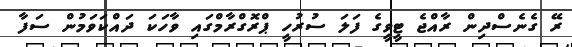
ރޭ ގެނެސްދިން ރާއްޖެ ޓީވީގެ ފަލަ ސުރުހީ ޕްރޮގްރާމްގައި ވާހަކަ ދައްކަވަމުން ސަފާ